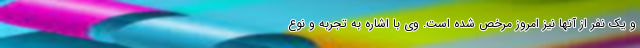
و یک نفر از آنها نیز امروز مرخص شده است. وی با اشاره به تجربه و نوع